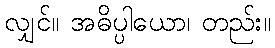
လျှင်။ အဓိပ္ပါယော၊ တည်း။